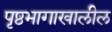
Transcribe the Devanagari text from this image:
पृष्ठभागाखालील